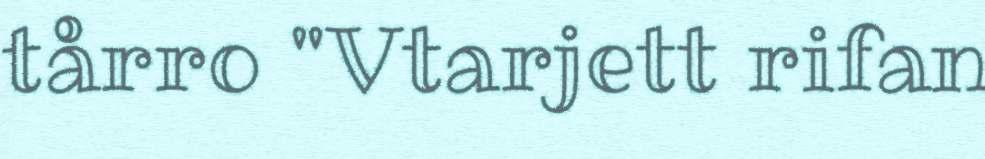
tårro "Vtarjett rifan